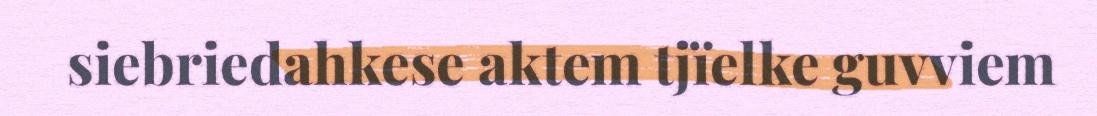
siebriedahkese aktem tjïelke guvviem